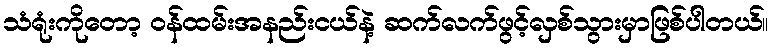
သံရုံးကိုတော့ ဝန်ထမ်းအနည်းငယ်နဲ့ ဆက်လက်ဖွင့်လှစ်သွားမှာဖြစ်ပါတယ်။